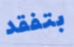
بتفقد